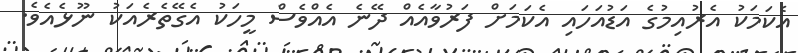
އެކަމަކު އެރުއިމުގެ އަޑުއަހައި އެކަމަށް ފަރުވާއެއް ދޭނެ އެއްވެސް މީހަކު އެގޭތެރެއަކު ނޫޅެއެވެ.